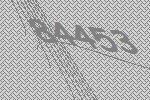
84453